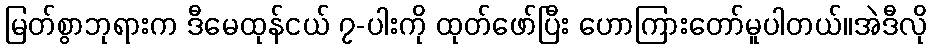
မြတ်စွာဘုရားက ဒီမေထုန်ငယ် ၇-ပါးကို ထုတ်ဖော်ပြီး ဟောကြားတော်မူပါတယ်။အဲဒီလို